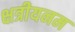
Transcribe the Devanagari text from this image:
क्षत्रीयनम